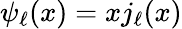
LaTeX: \psi_{\ell}(x)=xj_{\ell}(x)